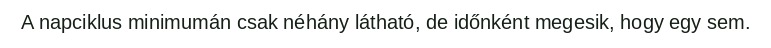
A napciklus minimumán csak néhány látható, de időnként megesik, hogy egy sem.